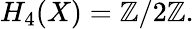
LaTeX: H_{4}(X)=\mathbb{Z}/2\mathbb{Z}.